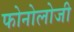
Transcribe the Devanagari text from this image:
फोनोलोजी